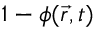
1 - \phi ( \vec { r } , t )